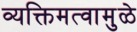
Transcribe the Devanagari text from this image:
व्यक्तिमत्वामुळे